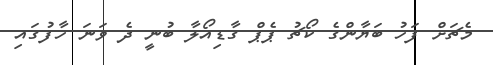
މެޗަށް ފަހު ބަޔާންގެ ކޯޗު ޕެޕް ގާޑިއޯލާ ބުނީ ދެ ވަނަ ހާފުގައި